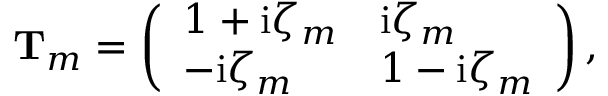
\mathbf { T } _ { m } = \left( \begin{array} { l l } { 1 + \mathrm { i } \zeta _ { m } } & { \mathrm { i } \zeta _ { m } } \\ { - \mathrm { i } \zeta _ { m } } & { 1 - \mathrm { i } \zeta _ { m } } \end{array} \right) ,